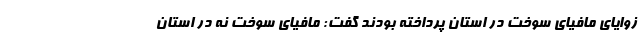
زوایای مافیای سوخت در استان پرداخته بودند گفت: مافیای سوخت نه در استان